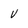
Character: V